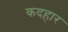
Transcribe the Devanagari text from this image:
कदहार